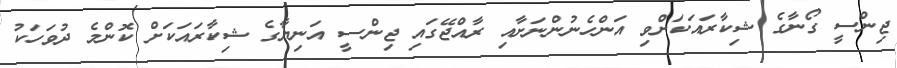
ޖިންސީ ގޯނާގެ ޝިކާރައަކަށްވި އަންހެނުންނަށާއި ރާއްޖޭގައި ޖިންސީ އަނިޔާގެ ޝިކާރައަކަށް ކޮންމެ ދުވަހަކު